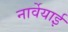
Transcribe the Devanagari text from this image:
नार्वेयाई